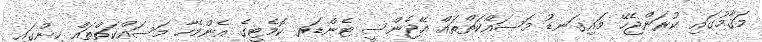
މަޤާމުގައި ކުރަންޖެހޭ މައިގަނޑު މަސައްކަތްތައް އޭޖެންސީ ޓެންޑަރ ކޮމެޓީގެ އެންމެހާ މަސައްކަތްތައް ހިންގައި